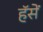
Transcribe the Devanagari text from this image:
हॅसें